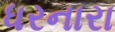
ધરનારા